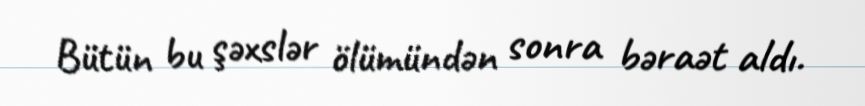
Bütün bu şəxslər ölümündən sonra bəraət aldı.